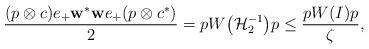
LaTeX: \begin{align*}\frac{(p \otimes c) e_{+}\textup{\textbf{w}}^{\ast} \textup{\textbf{w}}e_{+} (p \otimes c^{\ast})}{2} = p W \big( \mathcal{H}_{2}^{-1} \big) p \leq \frac{p W (I) p}{\zeta},\end{align*}